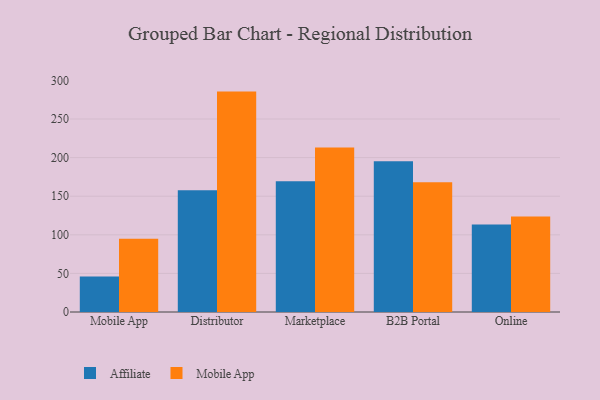
{"axis": {"x": "Channel", "y": "Customer Acquisition Cost (USD)"}, "legend": ["Affiliate", "Mobile App"], "data": [{"x": "Mobile App", "y": 46.1, "type": "Affiliate"}, {"x": "Mobile App", "y": 95.0, "type": "Mobile App"}, {"x": "Distributor", "y": 157.6, "type": "Affiliate"}, {"x": "Distributor", "y": 285.5, "type": "Mobile App"}, {"x": "Marketplace", "y": 169.3, "type": "Affiliate"}, {"x": "Marketplace", "y": 213.1, "type": "Mobile App"}, {"x": "B2B Portal", "y": 195.4, "type": "Affiliate"}, {"x": "B2B Portal", "y": 168.1, "type": "Mobile App"}, {"x": "Online", "y": 113.5, "type": "Affiliate"}, {"x": "Online", "y": 123.8, "type": "Mobile App"}]}